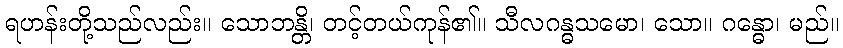
ရဟန်းတို့သည်လည်း။ သောဘန္တိ၊ တင့်တယ်ကုန်၏။ သီလဂန္ဓသမော၊ သော။ ဂန္ဓော၊ မည်။